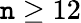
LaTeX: \mathtt{n}\ge12